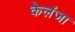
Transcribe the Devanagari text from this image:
केलंजा